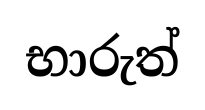
භාරුත්